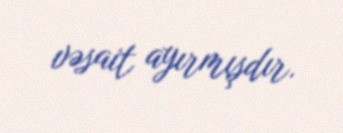
vəsait ayırmışdır.